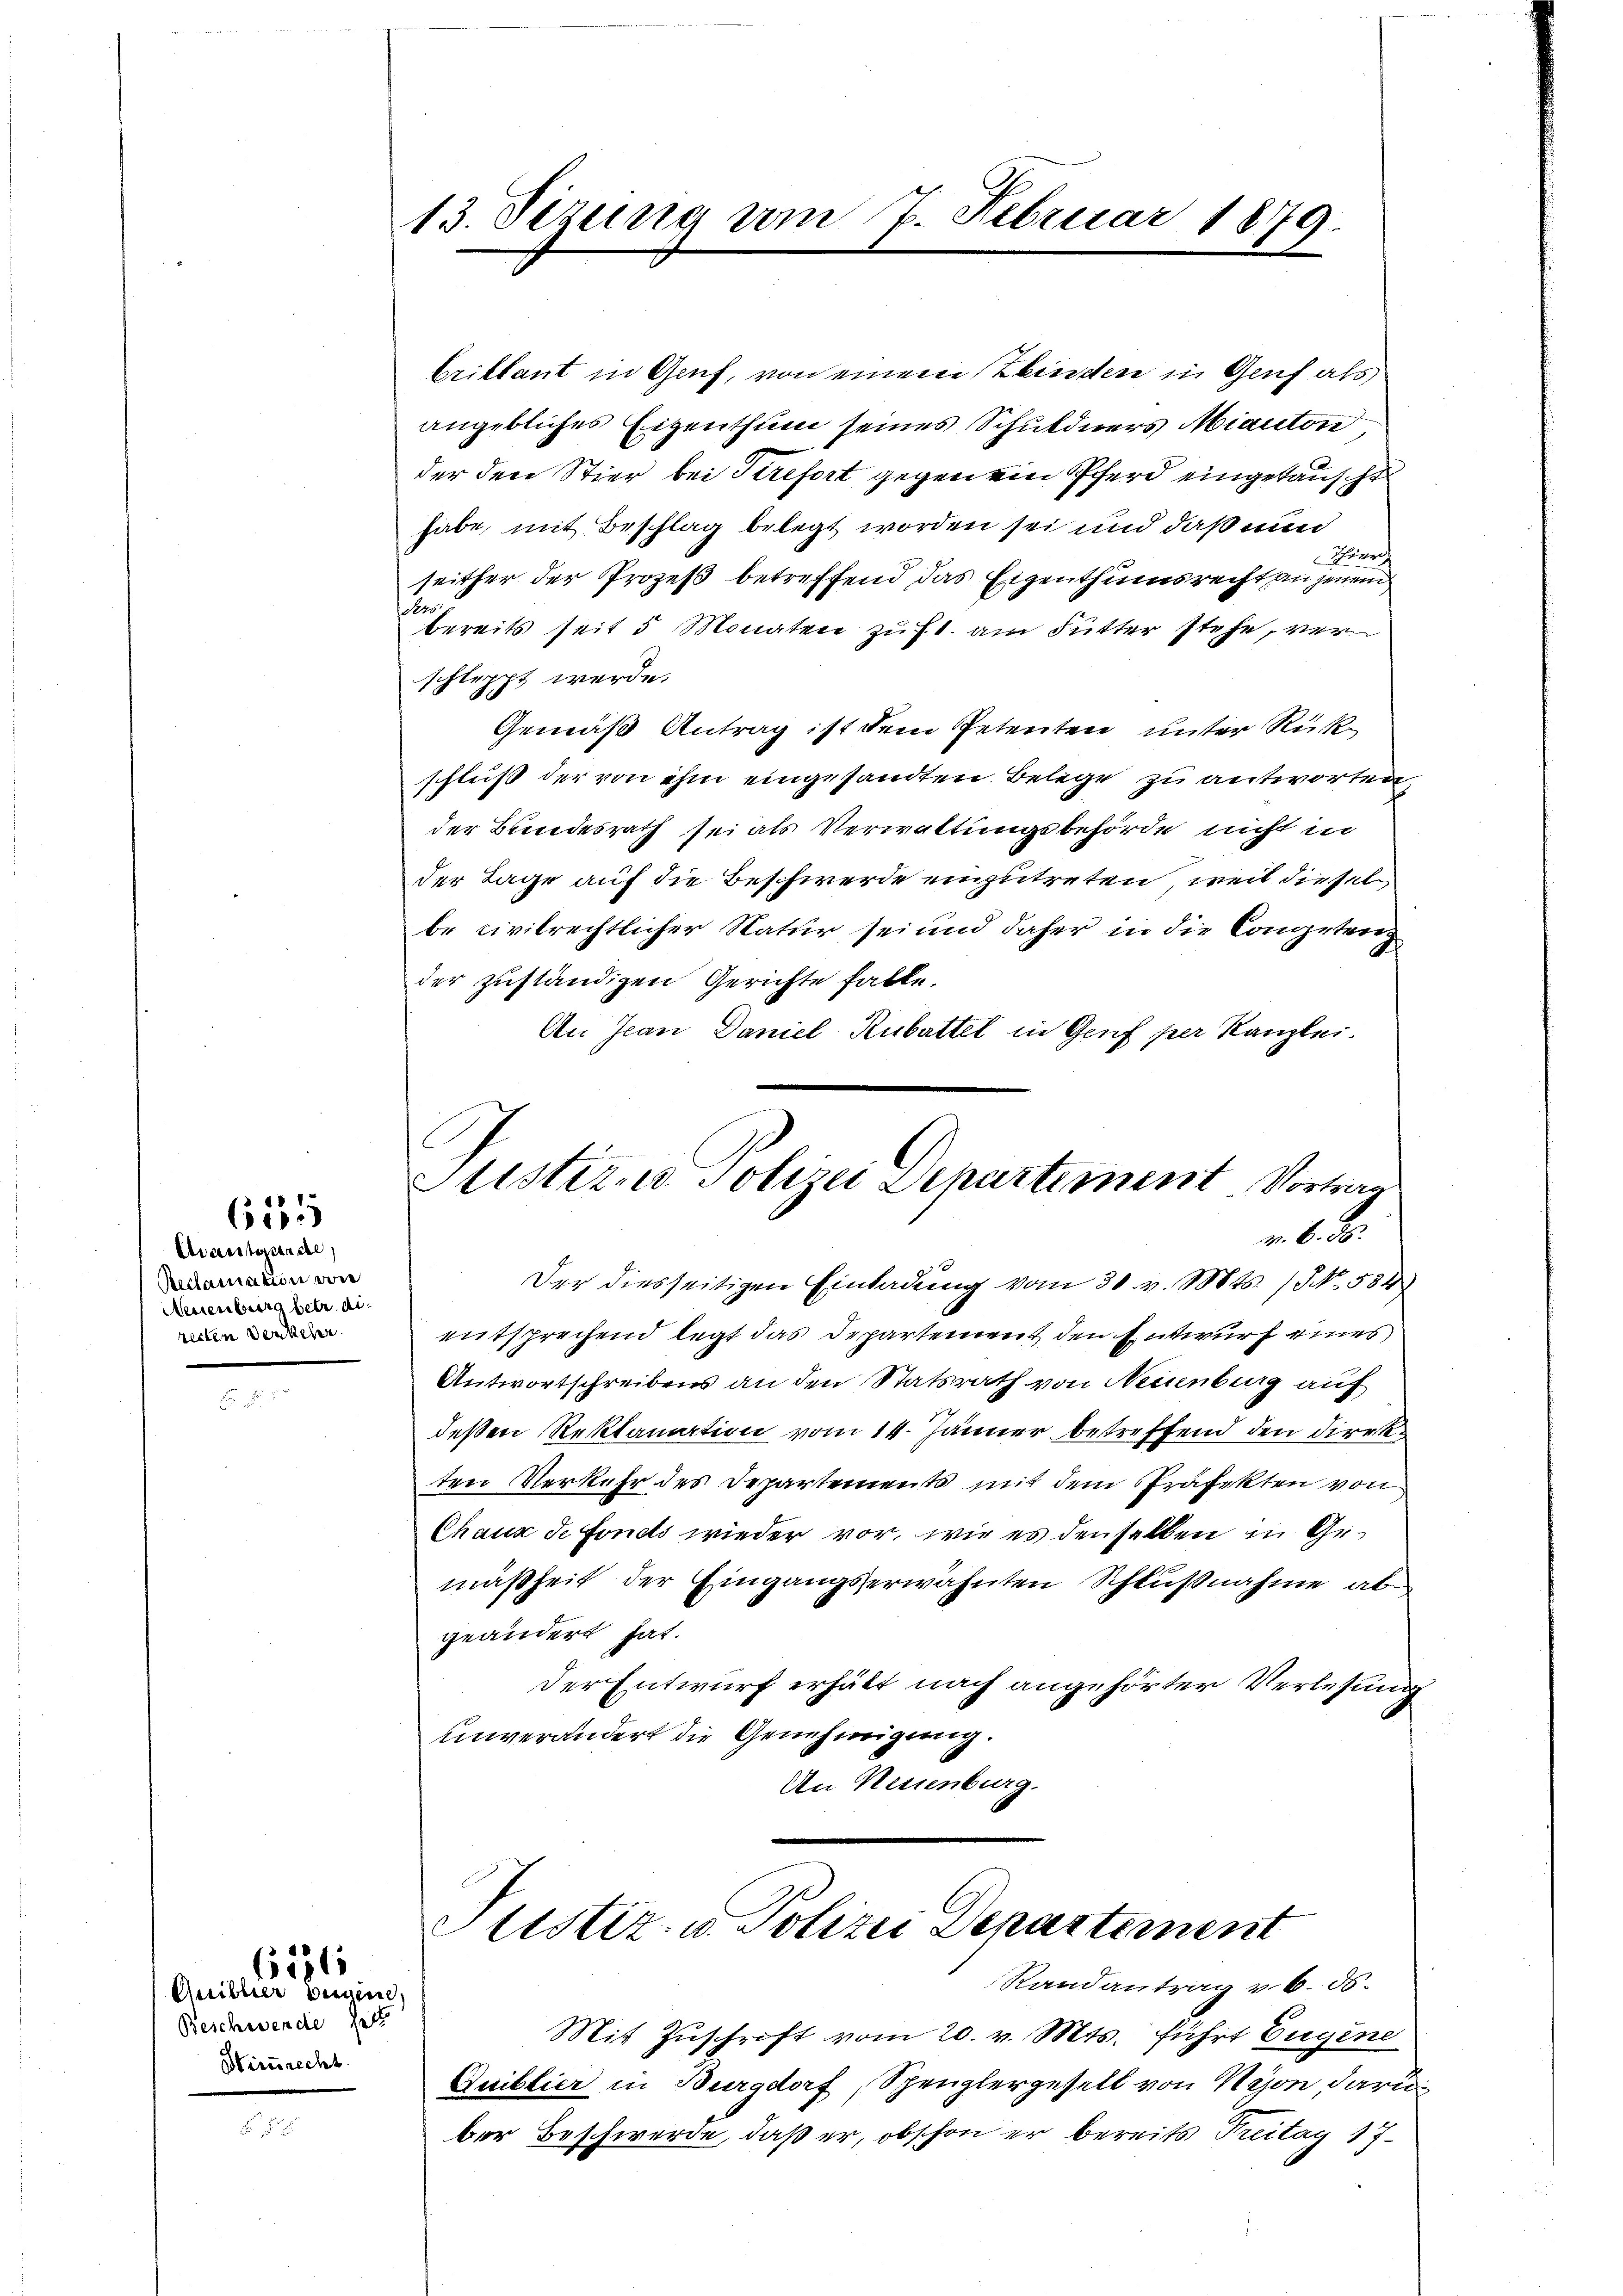
625

Avanstande
Reclamation von
Neuenburg betr. directen Denkeler.

Quiblier Weigen,
Beschwende hatt
Hizurecht.

6281

13. Sezung am 7. Februar 1879.

brittant in Genf, von einem Blinden in Genf als
angebliches Eigenthum seines Schuldners Miauton
der den Stier bei Serefort gegen ein Pferd eingetauscht
habe, mit Beschlag belegt worden sei und daß nun
Kerech
seither der Prozeß betreffend das Eigenthumsrecht an jenem
Pers
bereits seit 5 Monaten zu fl. am Futter stehe, ver
schleppt werde.
Gemäß Antrag ist dem Petenten unter Rückschluß der von ihm eingesandten Belege zu antworten,
der Bundesrath sei als Verwaltungsbehörde nicht in
der Tage auf die Beschwerde einzutreten, weil diesel
be civilrechtlicher Natur sei und daher in die Competen
der zuständigen Gerichte hatte.
An Jean Daniel Rubattel in Genf per Kanzlei.

Sistirne Polizei Departement. Vortrag
r. 6. d.

Der diesseitigen Einladung vom 30. v. Mts. 1. No. 584
entsprechend legt das Departement den Entwurf eines
Antwortschreibens an den Statsrath von Neuenburg auf
deßen Reklamation vom 14. Jänner betreffend den Direkten Verkehr des Departements mit dem Präfekten von
Chaux de fonds wieder vor, wie es denselben in Gemäßheit der Eingangserwähnten Schlußnahme ab
geändert hat.
Der Entwurf erhält nach angehörter Verlesung
unverändert die Genehmigung.
An Neuenburg.

Justiz- u. Polizei Departement
Randantrag v. 6. 56.

Mit Zuschrift vom 20. v. Mts. führt Eugene
Quiblier in Burgdorf, Spenglergesell von Nyon daru
ber Beschwerde, daß er, obschon er bereits Treitag 17